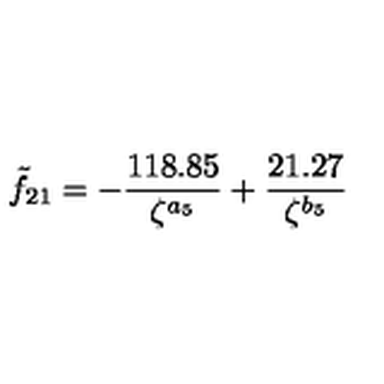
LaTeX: \tilde { f } _ { 2 1 } = - \frac { 1 1 8 . 8 5 } { \zeta ^ { a _ { 5 } } } + \frac { 2 1 . 2 7 } { \zeta ^ { b _ { 5 } } }